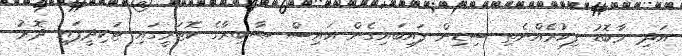
އަދި މާބޮޑު ފިކުރެއްނެތި ސިޑިން ފައިބައިގެން އައިސް ޞާބިރާގެ ކޮޓަރީގައި ޓަކިދީފައި ދޮރު